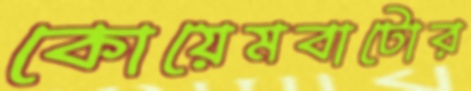
কোয়েমবাটোর